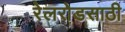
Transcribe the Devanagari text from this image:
रेलरोडसाठी